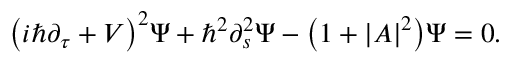
{ \left( i \hbar \partial _ { \tau } + V \right) } ^ { 2 } \Psi + \hbar ^ { 2 } \partial _ { s } ^ { 2 } \Psi - { \left( 1 + { \left| { \cal A } \right| } ^ { 2 } \right) } \Psi = 0 .